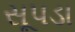
સૂપડા